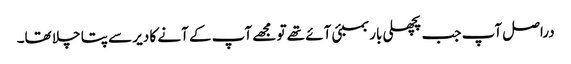
دراصل آپ جب پچھلی بار بمبئی آئے تھے تو مجھے آپ کے آنے کا دیر سے پتا چلا تھا۔